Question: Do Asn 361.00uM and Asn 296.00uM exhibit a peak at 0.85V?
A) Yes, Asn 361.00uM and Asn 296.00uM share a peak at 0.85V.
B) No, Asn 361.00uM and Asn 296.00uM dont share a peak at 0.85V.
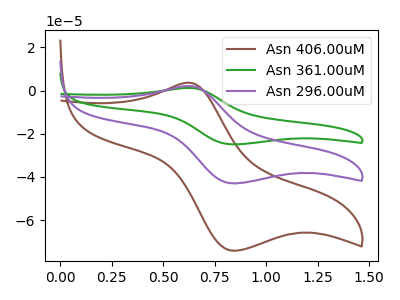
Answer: <think>The brown curve "Asn 406.00uM" has an anodic peak at (0.65V, 3.60uA) and a cathodic peak at (0.85V, -74.20uA). The green curve "Asn 361.00uM" has an anodic peak at (0.65V, 4.20uA) and a cathodic peak at (0.85V, -86.05uA). The purple curve "Asn 296.00uM" has an anodic peak at (0.65V, 2.10uA) and a cathodic peak at (0.85V, -43.00uA).</think>
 <answer>A) Yes, "Asn 361.00uM" and "Asn 296.00uM" share a peak at 0.85V.</answer>
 <eval>A</eval>